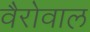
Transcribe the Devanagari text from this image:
वैरोवाल